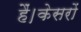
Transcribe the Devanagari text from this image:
हैं।केसरों